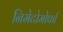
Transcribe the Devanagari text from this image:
निमेटोमोर्फा